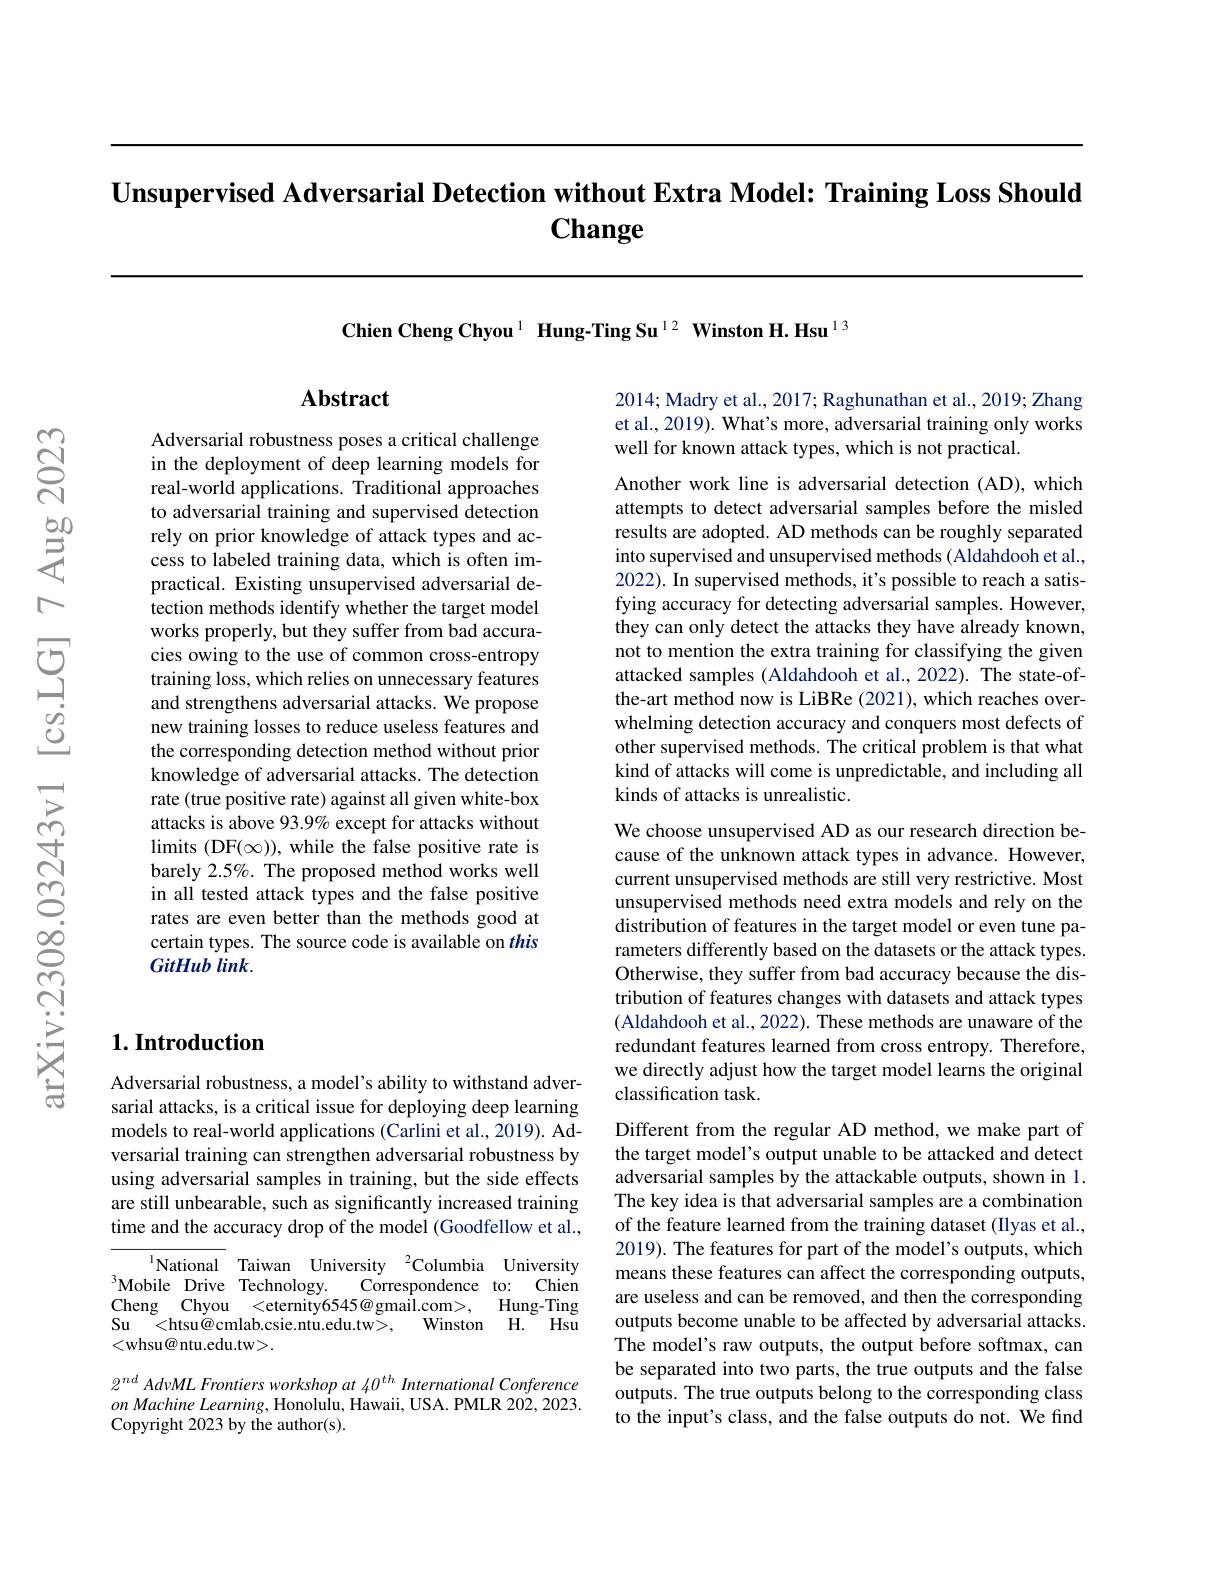
$\textbf{Unsupervised Adversarial Detection without Extra Model: Training Loss Should}$
# $\textbf{Change}$

Chien Cheng Chyou 1 Hung-Ting Su $^{12}$ Winston H. Hsu$^{13}$

## $\mathbf{Abstract}$

Adversarial robustness poses a critical challenge in the deployment of deep learning models for real-world applications. Traditional approaches to adversarial training and supervised detection rely on prior knowledge of attack types and access to labeled training data, which is often impractical. Existing unsupervised adversarial detection methods identify whether the target model works properly, but they suffer from bad accuracies owing to the use of common cross-entropy training loss, which relies on unnecessary features and strengthens adversarial attacks. We propose new training losses to reduce useless features and the corresponding detection method without prior knowledge of adversarial attacks. The detection rate (true positive rate) against all given white-box attacks is above 93.9% except for attacks without limits (DF(∞)), while the false positive rate is barely 2.5%. The proposed method works well in all tested attack types and the false positive rates are even better than the methods good at certain types. The source code is available on this GitHub link.

## $1. \textbf{Introduction}$

Adversarial robustness, a model's ability to withstand adversarial attacks, is a critical issue for deploying deep learning models to real-world applications (Carlini et al., 2019). Adversarial training can strengthen adversarial robustness by using adversarial samples in training, but the side effects are still unbearable, such as significantly increased training time and the accuracy drop of the model (Goodfellow et al.,

${\frac 1{\text{National }}}$ Taiwan University$\:^2$Columbia University
$^3$Mobile Drive Technology.
Correspondence to: Chien
Cheng Chyou <eternity6545@gmail.com>
$\operatorname{Hung-Ting}$
Su <htsu$\dot{@}$cmlab.csie.ntu.edu.tw>,
Winston $\mathrm{H. }^{\mathrm{~} }$Hsu
<whsu@ntu.edu.tw>.

$2^{nd}AdvML\textit{Frontiers workshop at 40}^{th}$ International Conference $on\textit{Machine Learning, Honolulu, Hawaii, USA. PMLR 202, 2023. }$ Copyright 2023 by the author(s).

2014; Madry et al., 2017; Raghunathan et al., 2019; Zhang et al., 2019). What's more, adversarial training only works well for known attack types, which is not practical.

Another work line is adversarial detection (AD), which attempts to detect adversarial samples before the misled results are adopted. AD methods can be roughly separated into supervised and unsupervised methods (Aldahdooh et al., 2022). In supervised methods, it's possible to reach a satisfying accuracy for detecting adversarial samples. However, they can only detect the attacks they have already known, not to mention the extra training for classifying the given attacked samples (Aldahdooh et al., 2022). The state-ofthe-art method now is LiBRe (2021), which reaches overwhelming detection accuracy and conquers most defects of other supervised methods. The critical problem is that what kind of attacks will come is unpredictable, and including all kinds of attacks is unrealistic.

We choose unsupervised AD as our research direction because of the unknown attack types in advance. However, current unsupervised methods are still very restrictive. Most unsupervised methods need extra models and rely on the distribution of features in the target model or even tune parameters differently based on the datasets or the attack types. Otherwise, they suffer from bad accuracy because the distribution of features changes with datasets and attack types (Aldahdooh et al., 2022). These methods are unaware of the redundant features learned from cross entropy. Therefore, we directly adjust how the target model learns the original classification task.

Different from the regular AD method, we make part of the target model's output unable to be attacked and detect adversarial samples by the attackable outputs, shown in 1. The key idea is that adversarial samples are a combination of the feature learned from the training dataset (Ilyas et al., 2019). The features for part of the model's outputs, which means these features can affect the corresponding outputs, are useless and can be removed, and then the corresponding outputs become unable to be affected by adversarial attacks. The model's raw outputs, the output before softmax, can be separated into two parts, the true outputs and the false outputs. The true outputs belong to the corresponding class to the input's class, and the false outputs do not. We find